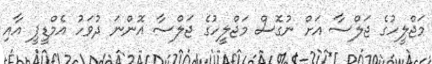
މަޖްލީހުގެ ޖަލްސާ އަށް ނުގޮސް މަޖްލީހުގެ ޖަލްސާ އޮންނަ ދުވަހު އެމްޑީޕީ އާއި